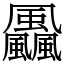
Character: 飍